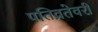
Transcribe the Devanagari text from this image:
पतिव्रतेवरी